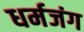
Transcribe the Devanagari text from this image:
धर्मजंग